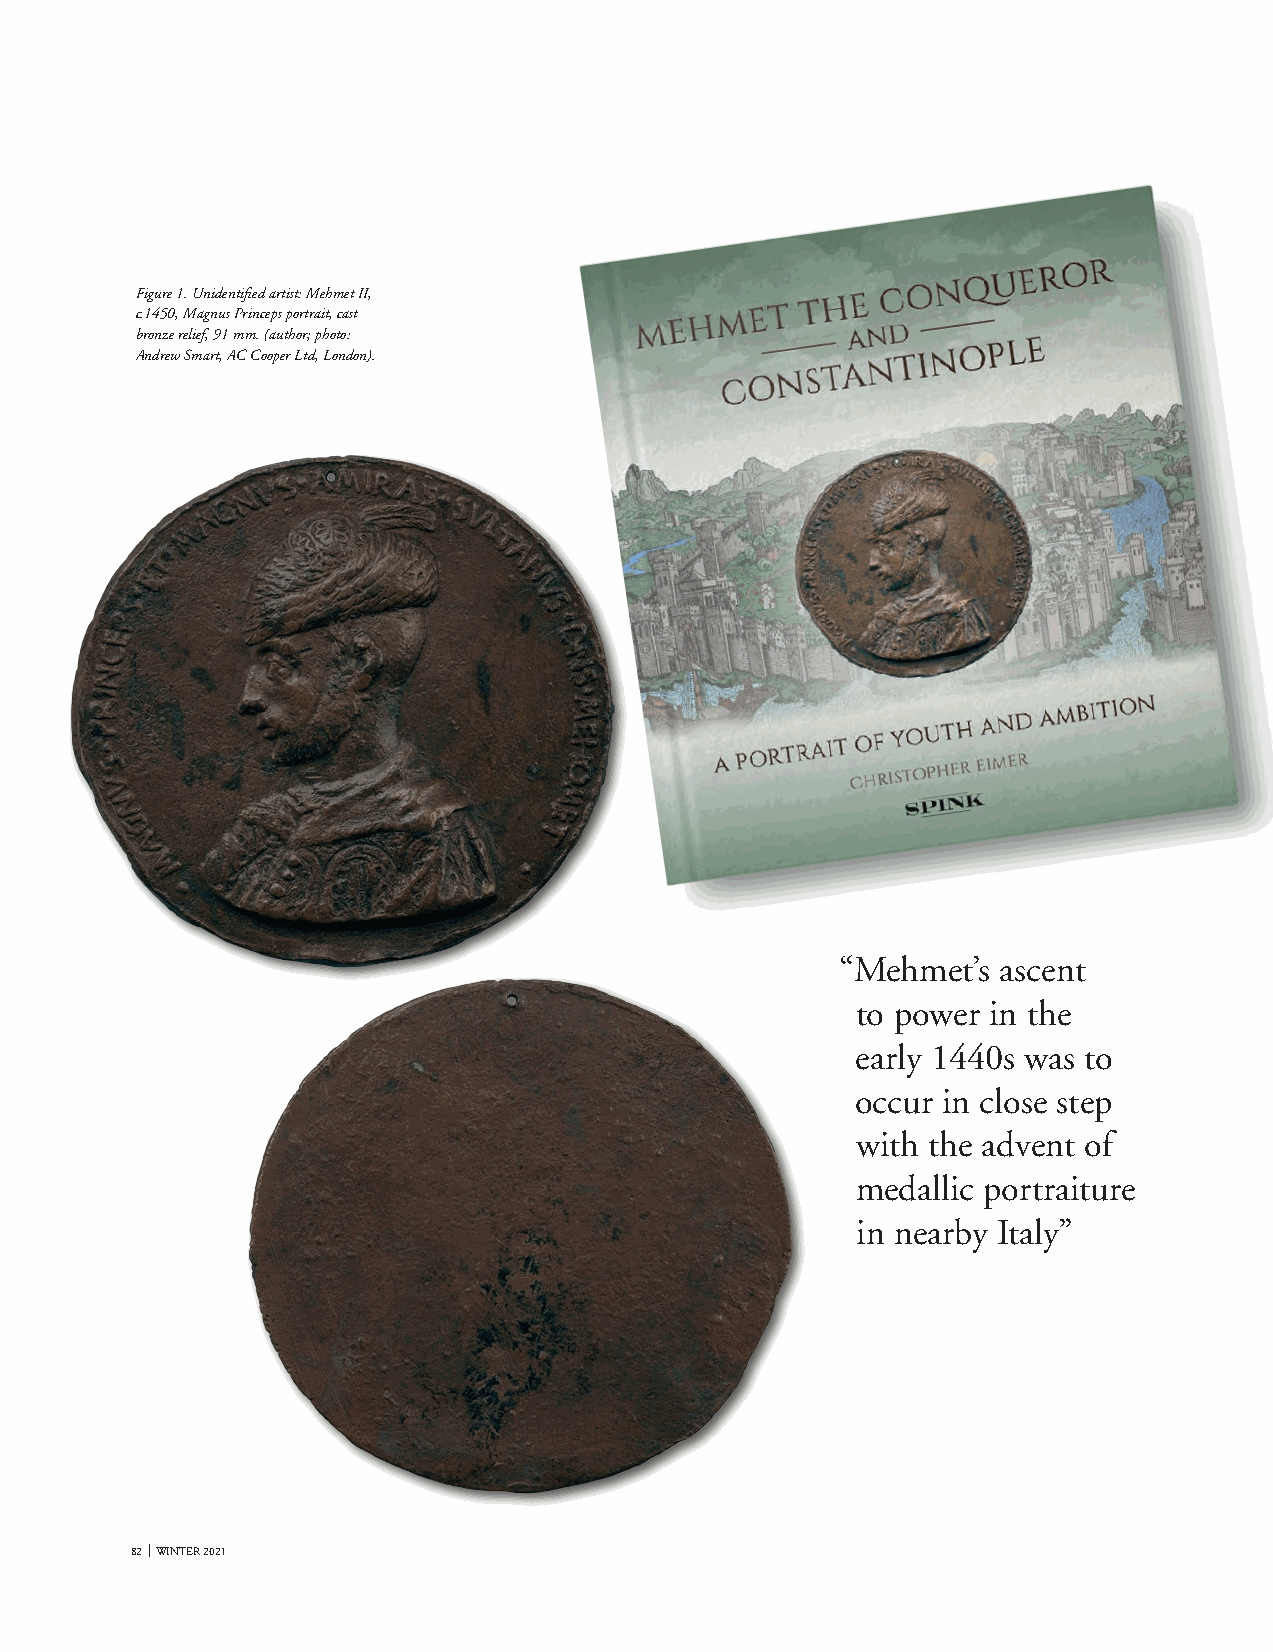
Figure 1. Unidentified artist: Mehmet II,
 c.1450, Magnus Princeps portrait, cast
 bronze relief, 91 mm. (author; photo:
 Andrew Smart, AC Cooper Ltd, London).
 “Mehmet’s ascent
 to power in the
 early 1440s was to
 occur in close step
 with the advent of
 medallic portraiture
 in nearby Italy”
 82 WINTER 2021